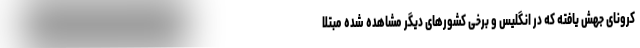
کرونای جهش یافته که در انگلیس و برخی کشورهای دیگر مشاهده شده مبتلا